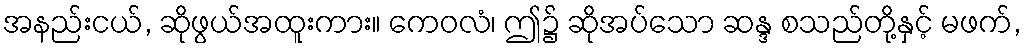
အနည်းငယ်, ဆိုဖွယ်အထူးကား။ ကေဝလံ၊ ဤ၌ ဆိုအပ်သော ဆန္ဒ စသည်တို့နှင့် မဖက်,